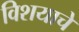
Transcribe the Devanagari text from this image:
विशयाचे